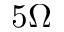
5 \Omega